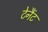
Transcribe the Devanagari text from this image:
टेनैंट